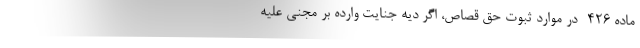
ماده ۴۲۶- در موارد ثبوت حق قصاص، اگر دیه جنایت وارده بر مجنی علیه